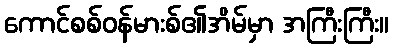
ကောင်စစ်ဝန်မားစ်၏အိမ်မှာ အကြီးကြီး။